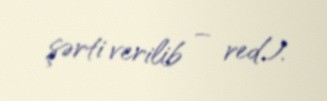
şərti verilib – red.).